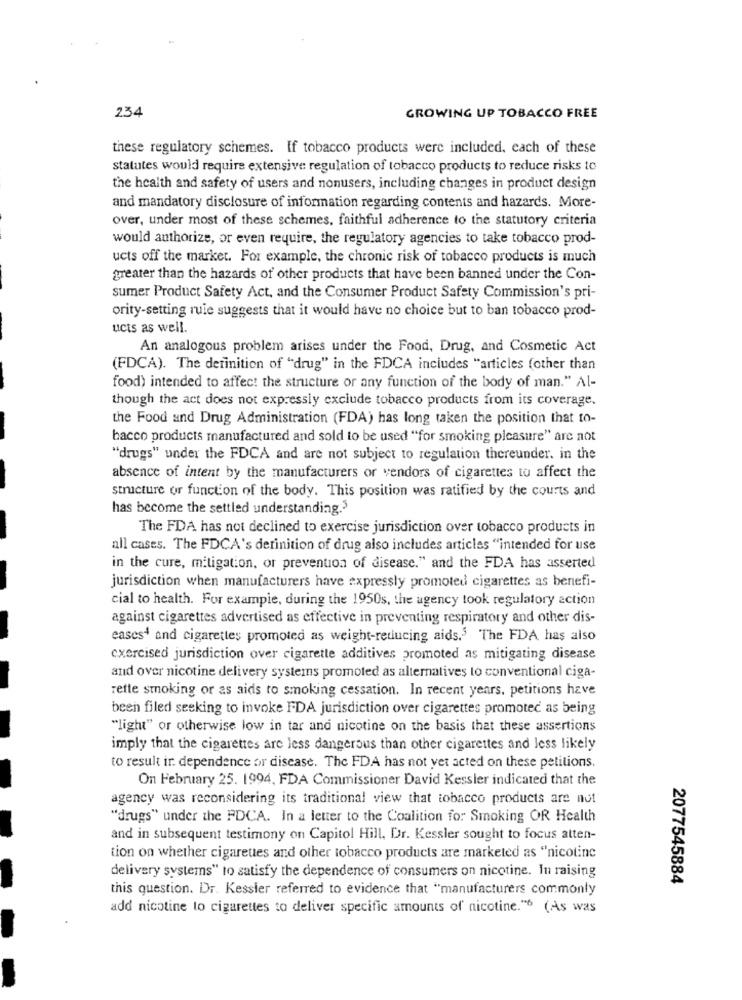
234
GROWING UP TOBACCO FREE
these regulatory schemes. If tobacco products were included, each of these
statutes would require extensive regulation of tobacco products to reduce risks to
the health and safety of users and nonusers, including changes in product design
and mandatory disclosure of information regarding contents and hazards. More-
over, under most of these schemes, faithful adherence to the statutory criteria
would authorize, or even require, the regulatory agencies to take tobacco prod-
ucts off the market. For example, the chronic risk of tobacco products is much
greater than the hazards of other products that have been banned under the Con-
sumer Product Safety Act, and the Consumer Product Safety Commission's pri-
ority-setting rule suggests that it would have no choice but to ban tobacco prod-
ucts as well.
An analogous problem arises under the Food, Drug, and Cosmetic Act
(FDCA). The definition of "drug" in the FDCA includes "articles (other than
food) intended to affect the structure or any function of the body of man." Al-
though the act does not expressly exclude tobacco products from its coverage.
the Food and Drug Administration (FDA) has long taken the position that to-
bacco products manufactured and sold to be used "for smoking pleasure" are not
"drugs" under the FDCA and are not subject to regulation thereunder. in the
absence of intent by the manufacturers or vendors of cigarettes to affect the
structure or function of the body. This position was ratified by the courts and
has become the settled understanding.3
The FDA has not declined to exercise jurisdiction over tobacco products in
all cases. The FDCA's definition of drug also includes articles "intended for use
in the cure, mitigation, or prevention of disease." and the FDA has asserted
jurisdiction when manufacturers have expressly promoted cigarettes as benefi-
cial to health. For example, during the 1950s, the agency took regulatory action
against cigarettes advertised as effective in preventing respiratory and other dis-
eases4 and cigarettes promoted as weight-reducing aids.3 The FDA has also
exercised jurisdiction over cigarette additives promoted as mitigating disease
and over nicotine delivery systems promoted as alternatives to conventional ciga-
rette smoking or as aids to smoking cessation. In recent years. petitions have
been filed seeking to invoke FDA jurisdiction over cigarettes promoted as being
"light" or otherwise low in tar and nicotine on the basis that these assertions
imply that the cigarettes are less dangerous than other cigarettes and less likely
to result ir. dependence or disease. The FDA has not yet acted on these petitions.
On February 25. 1994, FDA Commissioner David Kessler indicated that the
agency was reconsidering its traditional view that tobacco products are not
"drugs" under the PDCA. In a letter to the Coalition for Smoking OR Health
and in subsequent testimony on Capitol Hill. Dr. Kessler sought to focus atten-
tion on whether cigareues and other tobacco products are marketed as "nicotine
delivery systems" to satisfy the dependence of consumers on nicotine. In raising
2077545884
this question. Dr. Kessler referred to evidence that "manufacturers commonly
add nicotine lo cigarettes to deliver specific amounts of nicotine."6 (As was